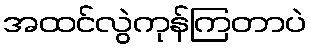
အထင်လွဲကုန်ကြတာပဲ